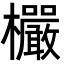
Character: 欕